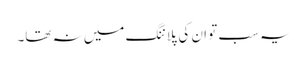
یہ سب تو ان کی پلاننگ میں نہ تھا۔